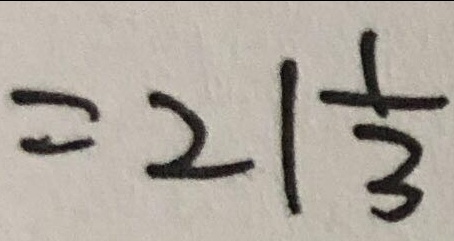
= 2 1 \frac { 1 } { 3 }